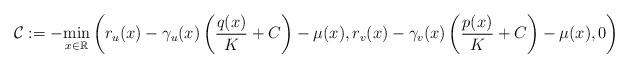
LaTeX: \begin{align*} \mathcal C := -\underset{x\in\mathbb R}{\min}\left(r_u(x)-\gamma_u(x)\left(\frac{q(x)}{K}+ C\right) -\mu (x),r_v(x)-\gamma_v(x)\left(\frac{p(x)}{K}+C\right) -\mu (x), 0\right)\end{align*}